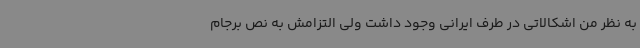
به نظر من اشکالاتی در طرف ایرانی وجود داشت ولی التزامش به نص برجام